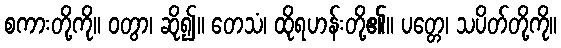
စကားတို့ကို။ ဝတွာ၊ ဆို၍။ တေသံ၊ ထိုရဟန်းတို့၏။ ပတ္တေ၊ သပိတ်တို့ကို။